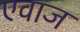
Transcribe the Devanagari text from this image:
एवाज